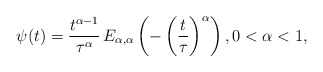
\begin{align*}\psi(t) = \frac{t^{\alpha-1}}{\tau^{\alpha}}\,E_{\alpha,\alpha}\left(-\left(\frac{t}{\tau}\right)^{\alpha}\right),0<\alpha<1,\end{align*}